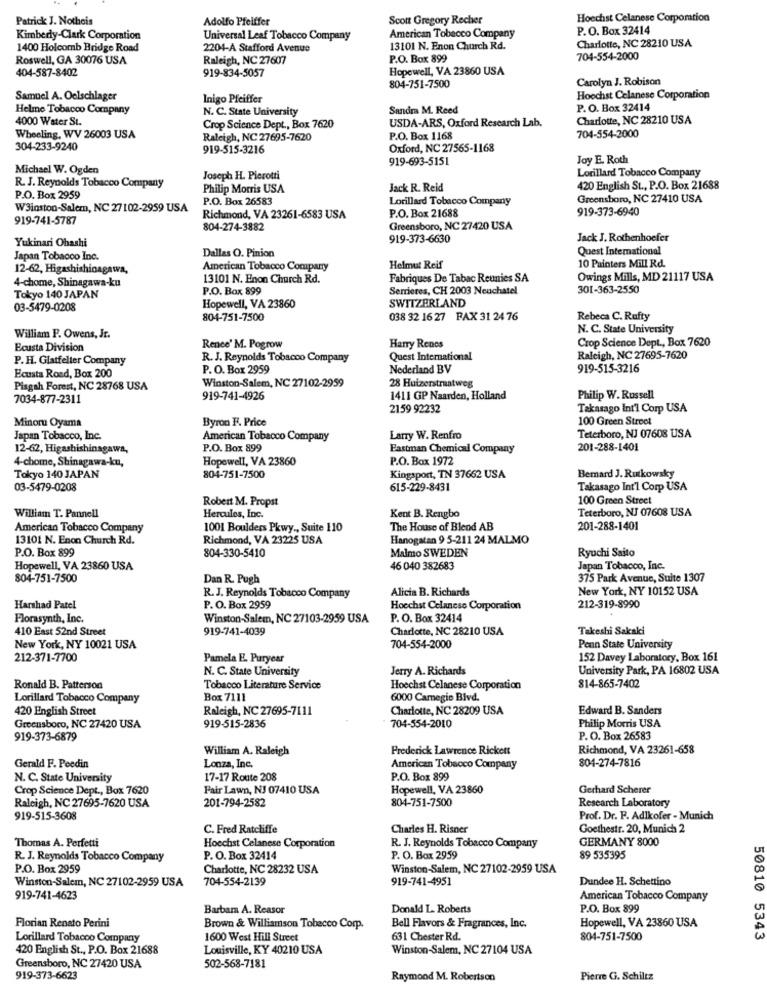
Patrick J. Notheis
Adolfo Pfeiffer
Scott Gregory Recher
Hoechst Celanese Corporation
P.O. Box 32414
Kimberly-Clark Corporation
Universal Leaf Tobacco Company
American Tobacco Company
Charlotte, NC 28210 USA
1400 Holcomb Bridge Road
2204-A Stafford Avenue
13101 N. Enon Church Rd.
Roswell, GA 30076 USA
Raleigh, NC 27607
P.O. Box 899
704-554-2000
404-587-8402
919-834-5057
Hopewell, VA 23860 USA
Carolyn J. Robison
804-751-7500
Samuel A. Oelschlager
Inigo Pfeiffer
Hoechst Celanese Corporation
Helme Tobacco Company
N. C. State University
Sandra M. Reed
P. O. Box 32414
4000 Water St.
Charlotte, NC 28210 USA
Crop Science Dept ., Box 7620
USDA-ARS, Oxford Research Lab.
Wheeling, WV 26003 USA
Raleigh, NC 27695-7620
P.O. Box 1168
704-554-2000
304-233-9240
919-515-3216
Oxford, NC 27565-1168
919-693-5151
Joy E. Roth
Michael W. Ogden
Lorillard Tobacco Company
Joseph H. Pierotti
R. J. Reynolds Tobacco Company
Philip Morris USA
Jack R. Reid
420 English St ., P.O. Box 21688
P.O. Box 2959
P.O. Box 26583
Lorillard Tobacco Company
Greensboro, NC 27410 USA
W3inston-Salem, NC 27102-2959 USA
P.O. Box 21688
919-373-6940
919-741-5787
Richmond, VA 23261-6583 USA
804-274-3882
Greensboro, NC 27420 USA
919-373-6630
Jack J. Rothenhoefer
Yukinari Ohashi
Dallas O. Pinion
Quest International
Japan Tobacco Inc.
12-62, Higashishinagawa,
American Tobacco Company
Helmut Reif
10 Painters Mill Rd.
4-chome, Shinagawa-ku
13101 N. Enon Church Rd.
Fabriques De Tabac Reunies SA
Owings Mills, MD 21117 USA
P.O. Box 899
Serrieres, CH 2003 Neuchatel
301-363-2550
Tokyo 140 JAPAN
SWITZERLAND
03-5479-0208
Hopewell, VA 23860
804-751-7500
038 32 16 27 FAX 31 24 76
Rebeca C. Rufty
N. C. State University
William P. Owens, Jr.
Crop Science Dept ., Box 7620
Ecusta Division
Rence' M. Pogrow
Harry Renes
P. H. Glatfelter Company
R. J. Reynolds Tobacco Company
Quest International
Raleigh, NC 27695-7620
Ecusta Road, Box 200
P. O. Box 2959
Nederland BV
919-515-3216
Pisgah Forest, NC 28768 USA
Winston-Salem, NC 27102-2959
28 Huizerstraatweg
7034-877-2311
919-741-4926
1411 GP Naarden, Holland
Philip W. Russell
2159 92232
Takasago Int'l Corp USA
Minoru Oyama
Byron F. Price
100 Green Stroot
Japan Tobacco, Inc.
American Tobacco Company
Lany W. Renfro
Teterboro, NJ 07608 USA
12-62, Higashishinagawa,
P.O. Box 899
Eastman Chemical Company
201-288-1401
4-chome, Shinagawa-ku,
Hopewell, VA 23860
P.O. Box 1972
Tokyo 140 JAPAN
804-751-7500
Kingsport, TN 37662 USA
Bernard J. Rutkowsky
03-5479-0208
615-229-8431
Takasago Int'l Corp USA
Robert M. Propst
100 Green Street
Kent B. Rengbo
Teterboro, NJ 07608 USA
William T. Pannell
Hercules, Inc.
American Tobacco Company
1001 Boulders Pkwy ., Suite 110
The House of Blend AB
201-288-1401
13101 N. Enon Church Rd.
Richmond, VA 23225 USA
Hanogatan 9 5-211 24 MALMO
P.O. Box 899
804-330-5410
Malmo SWEDEN
Ryuchi Saito
Hopewell, VA 23860 USA
46 040 382683
Japan Tobacco, Inc.
804-751-7500
Dan R. Pugh
375 Park Avenue, Suite 1307
Alicia B. Richards
New York, NY 10152 USA
R. J. Reynolds Tobacco Company
Harshad Patel
P. O. Box 2959
Hoechst Celanese Corporation
212-319-8990
Florasynth, Inc.
Winston-Salem, NC 27103-2959 USA
P. O. Box 32414
410 East 52nd Street
919-741-4039
Charlotte, NC 28210 USA
Takeshi Sakaki
New York, NY 10021 USA
704-554-2000
Penn State University
212-371-7700
Pamela E. Puryear
152 Davey Laboratory, Box 161
N. C. State University
Jerry A. Richards
University Park, PA 16802 USA
Ronald B. Patterson
Tobacco Literature Service
Hoechst Celanese Corporation
814-865-7402
Lorillard Tobacco Company
Box 7111
6000 Camegie Blvd.
420 English Street
Raleigh, NC 27695-7111
Charlotte, NC 28209 USA
Edward B. Sanders
Philip Morris USA
Greensboro, NC 27420 USA
919-515-2836
704-554-2010
919-373-6879
P. O. Box 26583
William A. Raleigh
Frederick Lawrence Rickett
Richmond, VA 23261-658
Lonza, Inc.
Gerald F. Peedin
American Tobacco Company
804-274-7816
N. C. State University
17-17 Route 208
P.O. Box 899
Crop Science Dept ., Box 7620
Fair Lawn, NJ 07410 USA
Hopewell, VA 23860
Gerhard Scherer
Raleigh, NC 27695-7620 USA
804-751-7500
Research Laboratory
201-794-2582
919-515-3608
Prof. Dr. F. Adlkofer - Munich
C. Fred Ratcliffe
Charles H. Risner
Goethestr. 20, Munich 2
Thomas A. Perfetti
GERMANY 8000
Hoechst Celanese Corporation
R. J. Reynolds Tobacco Company
R. J. Reynolds Tobacco Company
P. O. Box 32414
P. O. Box 2959
89 535395
P.O. Box 2959
Charlotte, NC 28232 USA
Winston-Salem, NC 27102-2959 USA
Winston-Salem, NC 27102-2959 USA
704-554-2139
919-741-4951
Dundee H. Schettino
50810
919-741-4623
American Tobacco Company
Barbara A. Reasor
Donald L. Roberts
P.O. Box 899
Florian Renato Perini
Hopewell, VA 23860 USA
Brown & Williamson Tobecco Corp.
Bell Flavors & Fragrances, Inc.
Lorillard Tobacco Company
1600 West Hill Street
631 Chester Rd.
804-751-7500
5343
420 English St ., P.O. Box 21688
Louisville, KY 40210 USA
Winston-Salem, NC 27104 USA
Greensboro, NC 27420 USA
502-568-7181
919-373-6623
Raymond M. Robertson
Pierre G. Schiltz